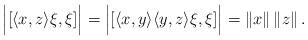
LaTeX: \begin{align*}\Big|[ \langle x, z \rangle \xi, \xi ] \Big|= \Big|[ \langle x, y \rangle \langle y, z \rangle\xi, \xi ]\Big| = \left\| x \right\| \left\| z \right\|.\end{align*}